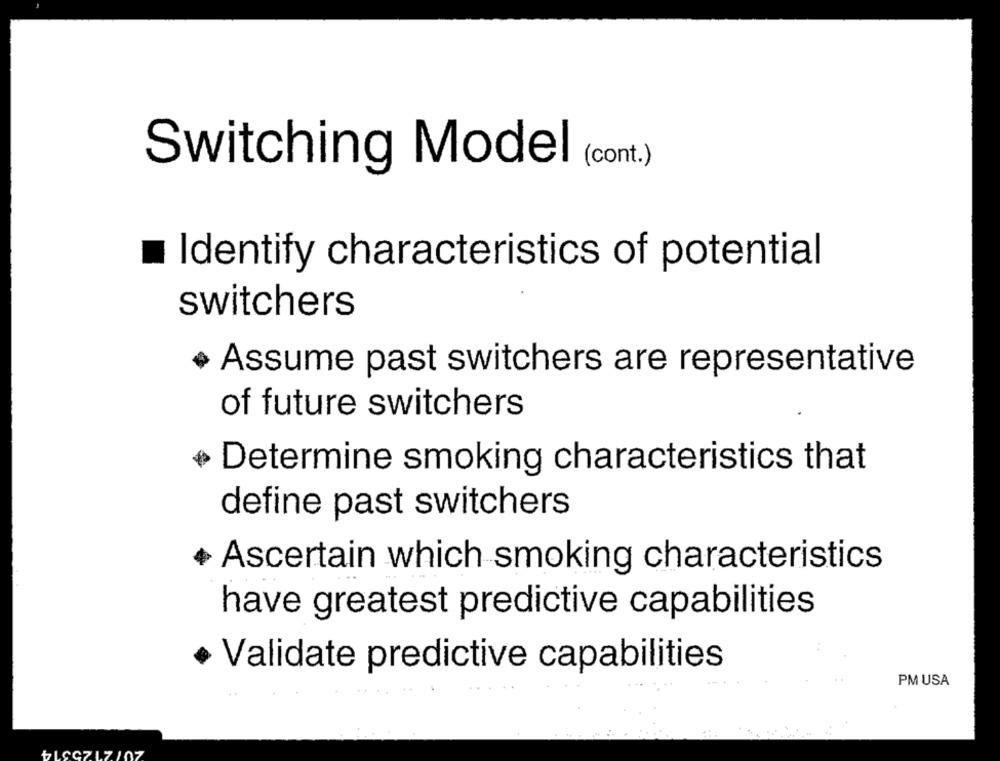
(cont.)
Switching Model
Identify characteristics of potential
switchers
· Assume past switchers are representative
of future switchers
Determine smoking characteristics that
define past switchers
Ascertain which smoking characteristics
have greatest predictive capabilities
· Validate predictive capabilities
PM USA
₺LCC717!